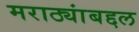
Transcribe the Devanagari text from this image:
मराठ्यांबद्दल